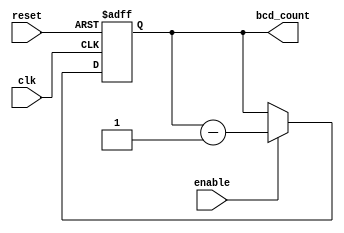
module BCD_Down_Counter (
    input wire clk,    // Clock input
    input wire reset,  // Reset input
    input wire enable, // Enable input
    output reg [3:0] bcd_count   // BCD count output
);

reg [3:0] initial_value;
reg [3:0] next_value;

always @(posedge clk or posedge reset) begin
    if (reset) begin
        bcd_count <= initial_value;
    end else if (enable) begin
        bcd_count <= next_value;
    end
end

always @* begin
    next_value = bcd_count - 4'b0001;
end

initial begin
    initial_value = 4'b1001; // Initial value to count down from
end

endmodule